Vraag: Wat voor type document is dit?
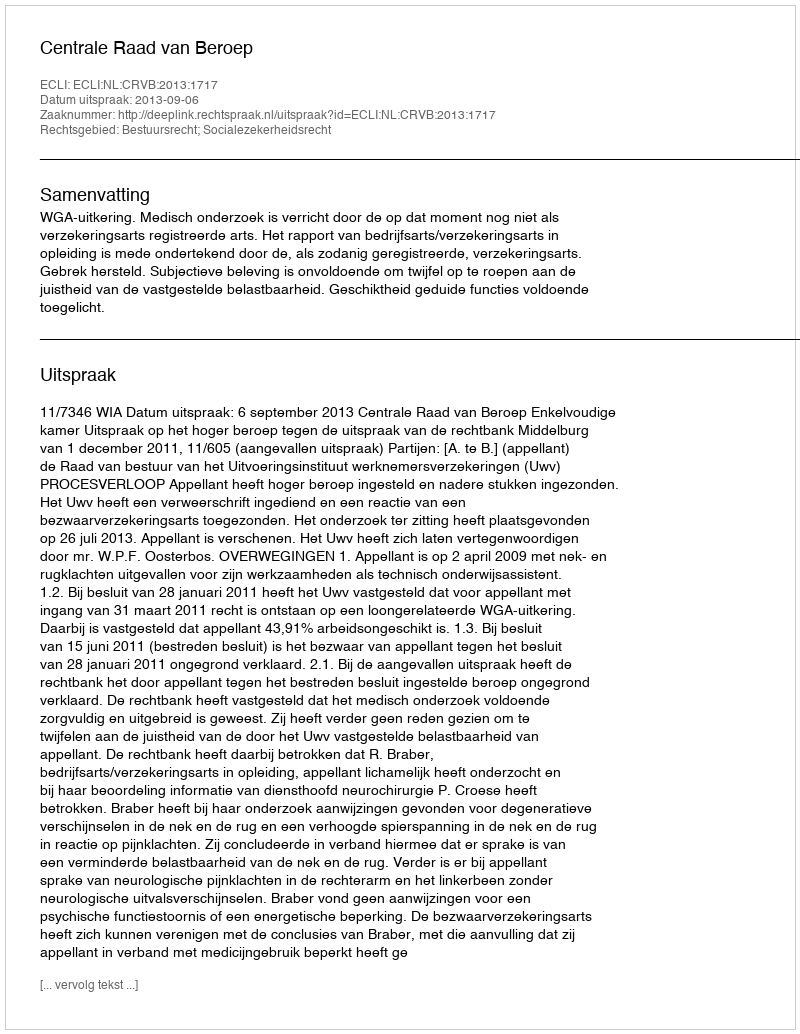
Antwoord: Uitspraak